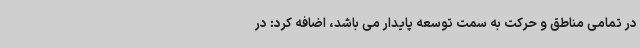
در تمامی مناطق و حرکت به سمت توسعه پایدار می باشد،‌ اضافه کرد: در